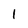
Character: 1